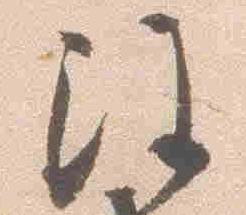
注